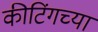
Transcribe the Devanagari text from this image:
कीटिंगच्या